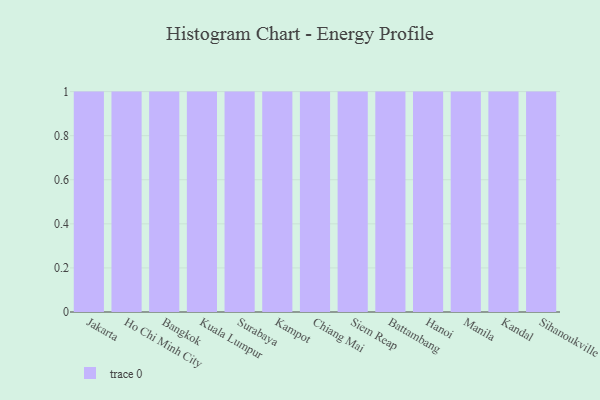
{"axis": {"x": "City", "y": "Shipments"}, "legend": [""], "data": [{"x": "Jakarta", "y": 41, "type": ""}, {"x": "Ho Chi Minh City", "y": 49, "type": ""}, {"x": "Bangkok", "y": 55, "type": ""}, {"x": "Kuala Lumpur", "y": 87, "type": ""}, {"x": "Surabaya", "y": 92, "type": ""}, {"x": "Kampot", "y": 45, "type": ""}, {"x": "Chiang Mai", "y": 93, "type": ""}, {"x": "Siem Reap", "y": 83, "type": ""}, {"x": "Battambang", "y": 28, "type": ""}, {"x": "Hanoi", "y": 96, "type": ""}, {"x": "Manila", "y": 22, "type": ""}, {"x": "Kandal", "y": 55, "type": ""}, {"x": "Sihanoukville", "y": 86, "type": ""}]}